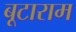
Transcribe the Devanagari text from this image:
बूटाराम